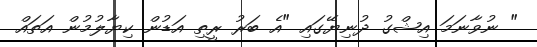
" ނުވާނަމަ އިޝްގު ދުނިޔޭގައި "އެ ބަރު ރީތި އަޑުން ކިޔާލުމުން އަތައް